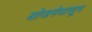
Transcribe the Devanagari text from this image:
योजनेपासून